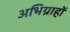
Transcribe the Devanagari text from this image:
अभिग्राहों